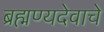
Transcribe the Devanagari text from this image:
ब्रह्मण्यदेवाचे